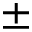
\pm